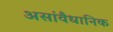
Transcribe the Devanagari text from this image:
असांवैधानिक